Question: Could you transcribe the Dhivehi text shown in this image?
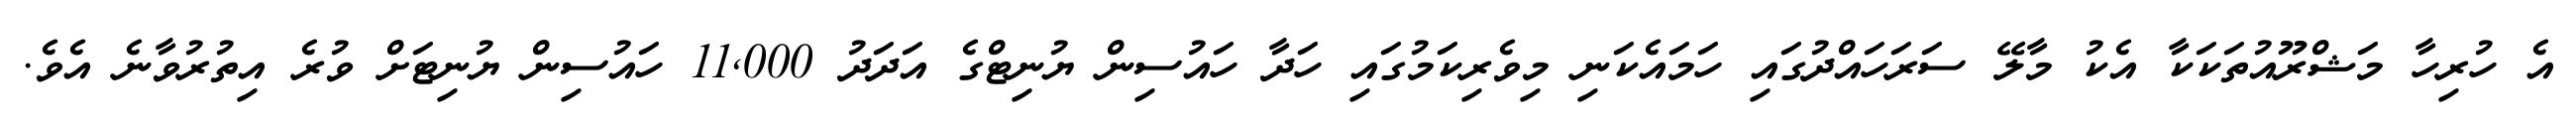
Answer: އެ ހުރިހާ މަޝްރޫއުތަކަކާ އެކު މާލޭ ސަރަހައްދުގައި ހަމައެކަނި މިވެރިކަމުގައި ހަދާ ހައުސިން ޔުނިޓްގެ އަދަދު 11,000 ހައުސިން ޔުނިޓަށް ވުރެ އިތުރުވާނެ އެވެ.